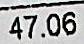
47.06